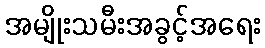
အမျိုးသမီးအခွင့်အရေး